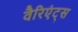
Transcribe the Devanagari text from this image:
वैरिएंट्स